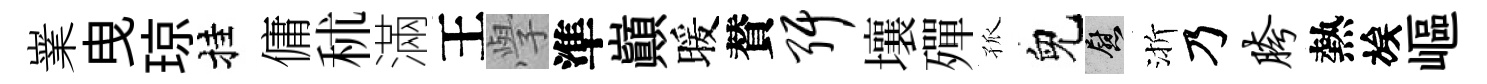
嶪曳琼挂傭秫滿王𭓕準巔暖賛弭壤殫孤兒慰渐乃胯熱族嶇